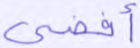
أفضى